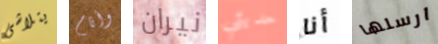
يتلاشى وأنام نيران حديثي أنا ارسلها